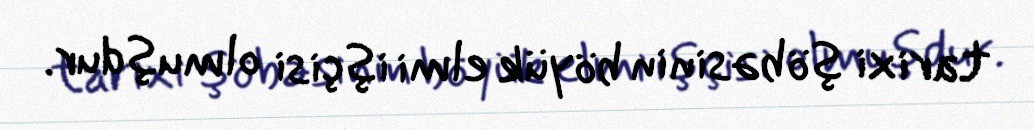
tarixi şöbəsinin böyük elmi işçisi olmuşdur.